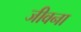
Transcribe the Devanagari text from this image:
जीवना